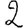
Digit: 2